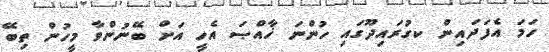
ހަމަ އެފަދައިން ކގުރައިދޫގައި ހުންނަ ޚާއްޞަ އެހީ އަށް ބޭނުންވާ މީހުން ތިބޭ